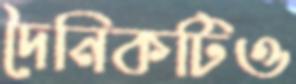
দৈনিকটিও